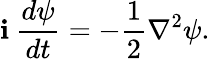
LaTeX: \mathbf{i}\: \frac{{d\psi}}{{dt}}=-\frac{{1}}{{2}}\nabla^{2}\psi.